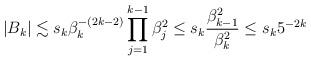
LaTeX: \begin{align*} |B_k|\lesssim s_k \beta_k^{-(2k-2)}\prod_{j=1}^{k-1}\beta_j^2 \le s_k\frac{\beta_{k-1}^2}{\beta_k^2}\le s_k5^{-2k}\end{align*}